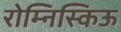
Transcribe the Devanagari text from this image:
रोम्निस्किऊ